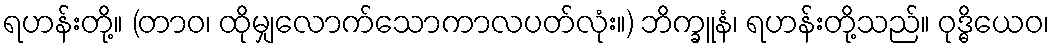
ရဟန်းတို့။ (တာဝ၊ ထိုမျှလောက်သောကာလပတ်လုံး။) ဘိက္ခူနံ၊ ရဟန်းတို့သည်။ ဝုဒ္ဓိယေဝ၊